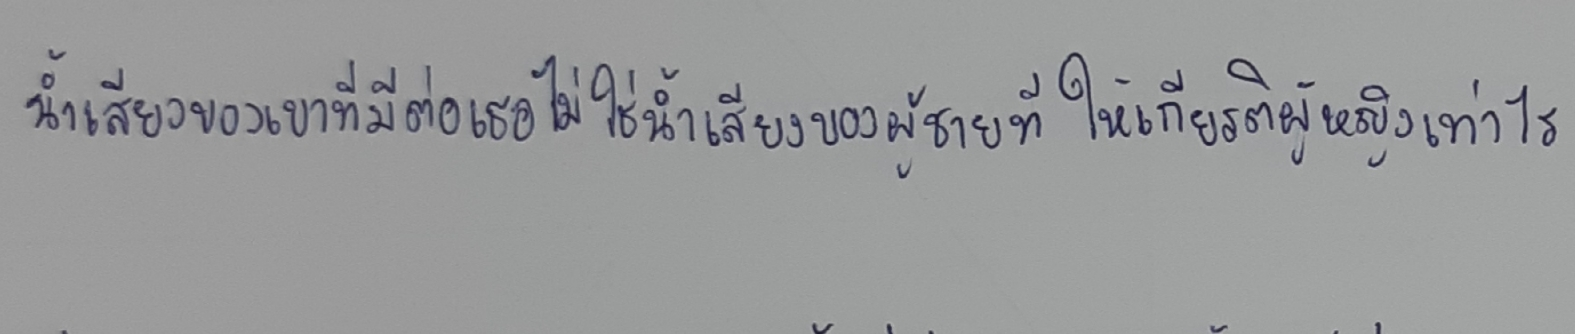
น้ำเสียงของเขาที่มีต่อเธอไม่ใช่น้ำเสียงของผู้ชายที่ให้เกียรติผู้หญิงเท่าไร